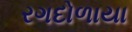
રગદોળાયા